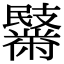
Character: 𪓏